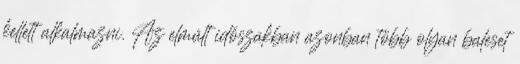
kellett alkalmazni. Az elmúlt időszakban azonban több olyan baleset